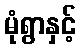
မုံရွာနှင့်